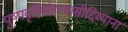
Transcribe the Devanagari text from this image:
पुष्पवृष्टिर्महत्यासीद्दिव्यानां